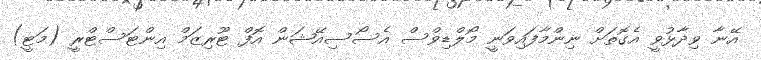
އޭނާ ވިދާޅުވީ އެގޮތަށް ނިންމާފައިވަނީ މޯލްޑިވްސް އެސޯސިއޭޝަން އޮފް ޓޫރިޒަމް އިންޓަސްޓްރީ (މަޓީ)